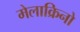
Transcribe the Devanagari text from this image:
मेलाक्रिनो